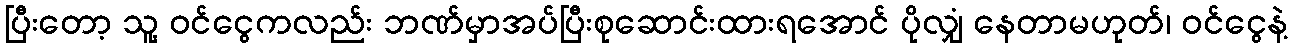
ပြီးတော့ သူ့ ဝင်ငွေကလည်း ဘဏ်မှာအပ်ပြီးစုဆောင်းထားရအောင် ပိုလျှံ နေတာမဟုတ်၊ ဝင်ငွေနဲ့